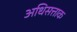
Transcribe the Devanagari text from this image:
अधिसत्ताक